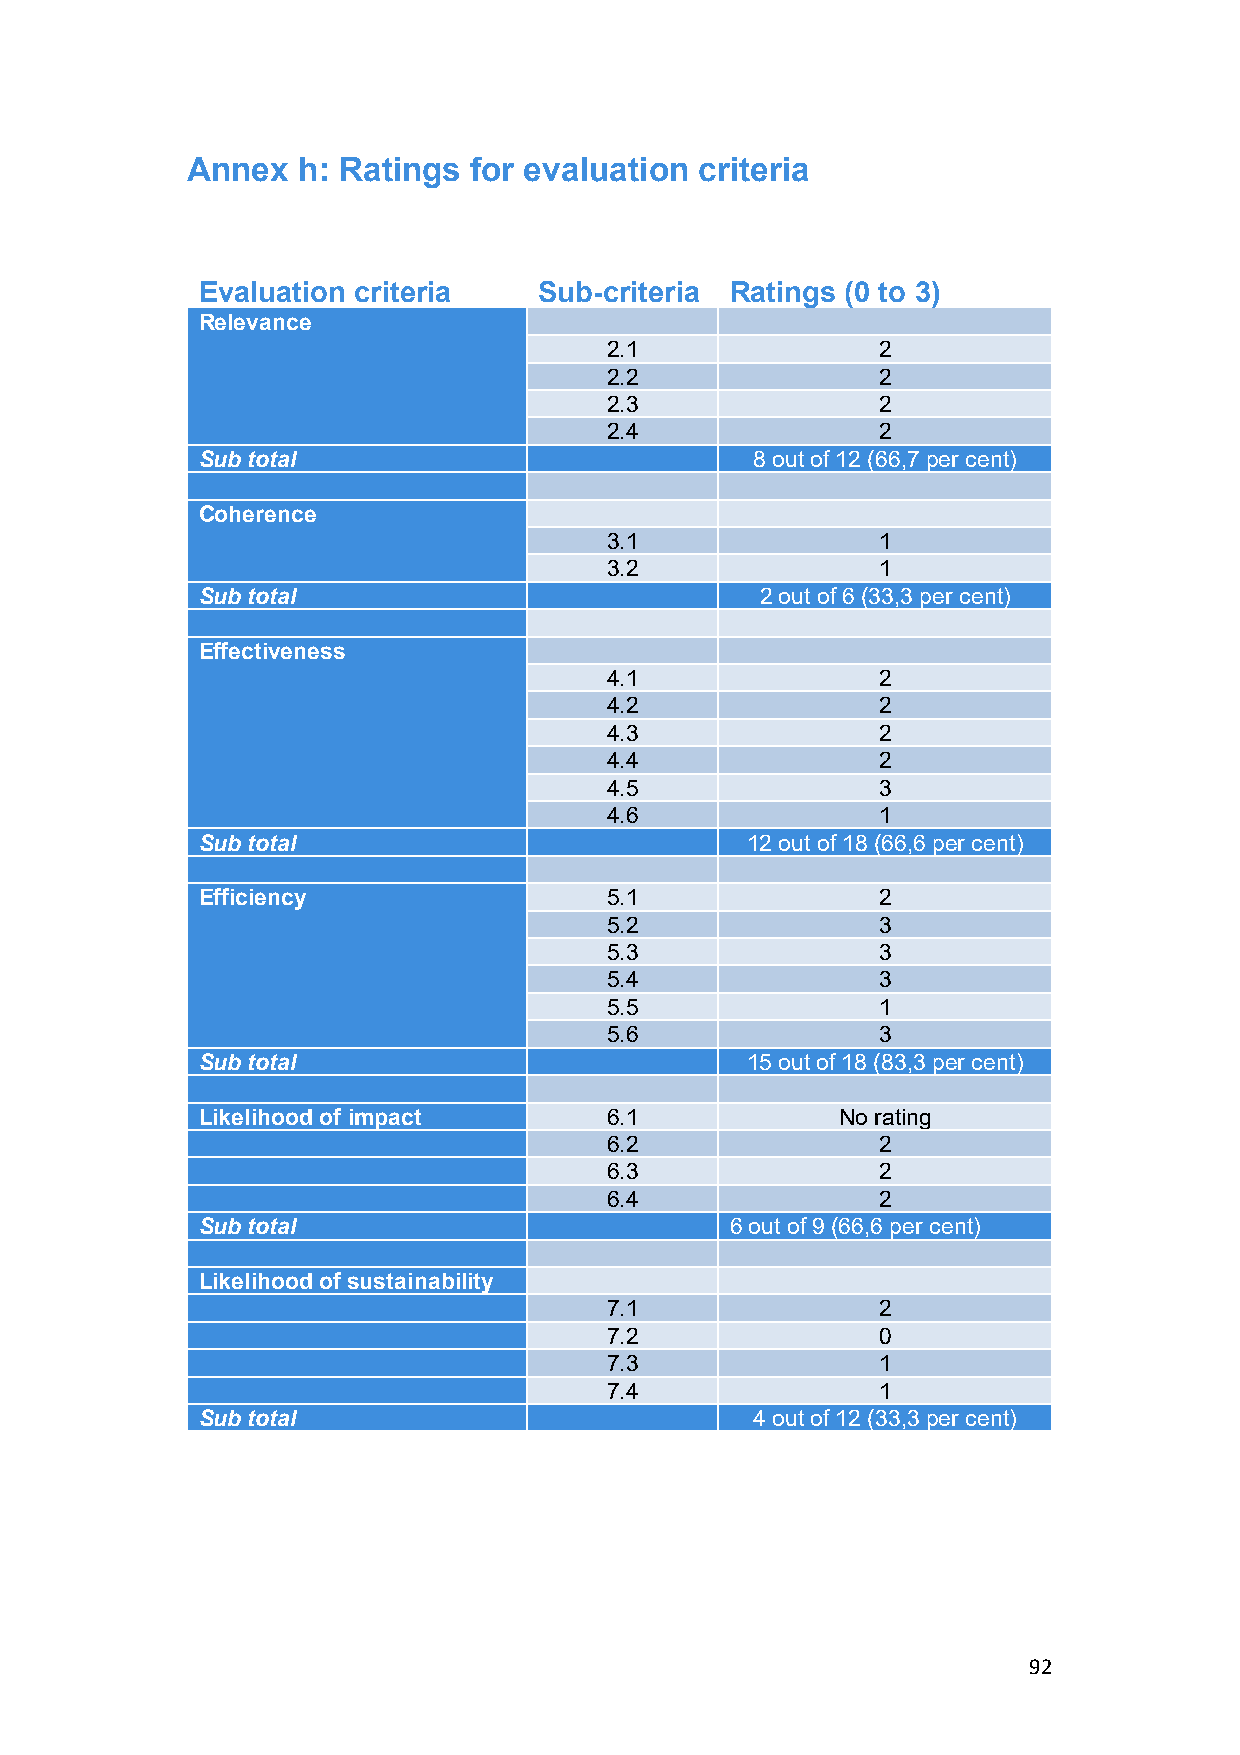
Annex   h: Ratings for evaluation criteria
 Evaluation criteria    Sub-criteria Ratings (0 to 3)
 Relevance
 2.1               2
 2.2               2
 2.3               2
 2.4               2
 Sub total                            8 out of 12 (66,7 per cent)
 Coherence
 3.1               1
 3.2               1
 Sub total                            2 out of 6 (33,3 per cent)
 Effectiveness
 4.1               2
 4.2               2
 4.3               2
 4.4               2
 4.5               3
 4.6               1
 Sub total                           12 out of 18 (66,6 per cent)
 Efficiency                 5.1               2
 5.2               3
 5.3               3
 5.4               3
 5.5               1
 5.6               3
 Sub total                           15 out of 18 (83,3 per cent)
 Likelihood of impact       6.1            No rating
 6.2               2
 6.3               2
 6.4               2
 Sub total                          6 out of 9 (66,6 per cent)
 Likelihood of sustainability
 7.1               2
 7.2               0
 7.3               1
 7.4               1
 Sub total                            4 out of 12 (33,3 per cent)
 92